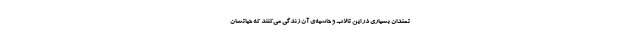
تمندان بسیاری در این تالاب و حاشیه‌ی آن زندگی می‌کنند که حیاتشان